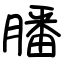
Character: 膰